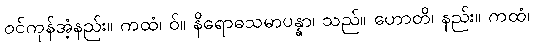
ဝင်ကုန်အံ့နည်း။ ကထံ၊ ဝ်။ နိရောဓသမာပန္နာ၊ သည်။ ဟောတိ၊ နည်း။ ကထံ၊